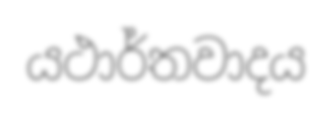
යථාර්තවාදය